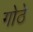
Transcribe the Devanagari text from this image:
गोठे